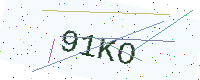
Text: 91KO